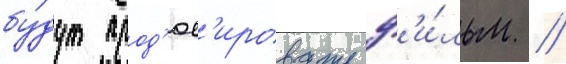
бу́дут прод'юс'ировать ф'и́льм /